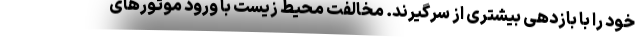
خود را با بازدهی بیشتری از سرگیرند. مخالفت محیط زیست با ورود موتور‌های